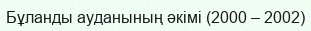
Бұланды ауданының әкімі (2000 – 2002)